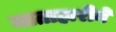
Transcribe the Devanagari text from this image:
माताहारीने